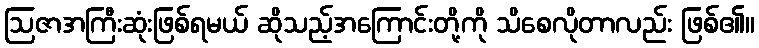
ဩဇာအကြီးဆုံးဖြစ်ရမယ် ဆိုသည့်အကြောင်းတို့ကို သိစေလိုတာလည်း ဖြစ်၏။